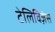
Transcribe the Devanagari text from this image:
टेलिविज़ंस